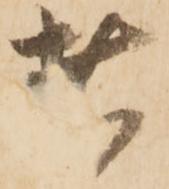
者